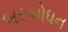
બરબોધન